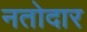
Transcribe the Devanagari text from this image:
नतोदार